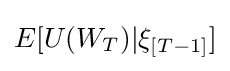
E[U(W_{T})|\xi _{[T-1]}]